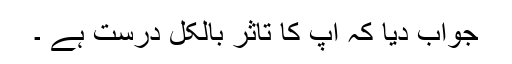
جواب دیا کہ آپ کا تاثر بالکل درست ہے ۔